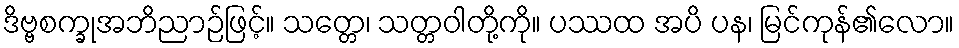
ဒိဗ္ဗစက္ခုအဘိညာဉ်ဖြင့်။ သတ္တေ၊ သတ္တဝါတို့ကို။ ပဿထ အပိ ပန၊ မြင်ကုန်၏လော။